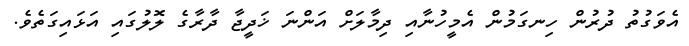
އެވަގުތު ދުރުން ހިނގަމުން އެމީހުނާއި ދިމާލަށް އަންނަ ޚަދީޖާ ދާރާގެ ލޮލުގައި އަޅައިގަތެވެ.